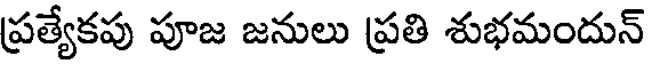
ప్రత్యేకపు పూజ జనులు ప్రతి శుభమందున్